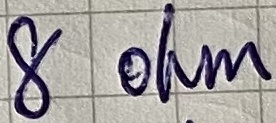
Text: 8 ohm